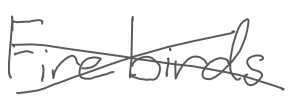
Text: Firebirds
Cross-out: cross
Writing tool: digital_gray